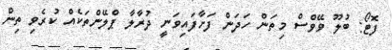
ފޮޓޯ: ބުލޫ ވޭވްސް މިތަން ހަދަން ފަށާފައިވަނީ ދުރާލާ ޕްލޭންތަކެއް ކުރެވި ތިން